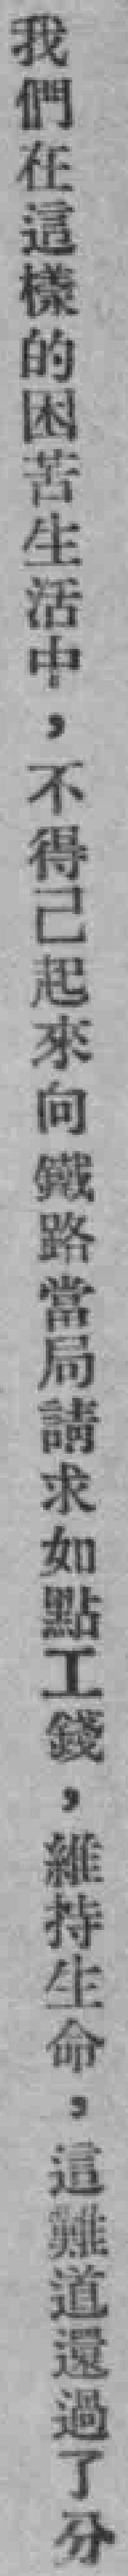
我們在這樣的困苦生活中，不得己起來向鐵路當局請求如點工錢，維持生命，這難道還過了分